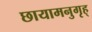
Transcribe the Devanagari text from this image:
छायामनुगृह्